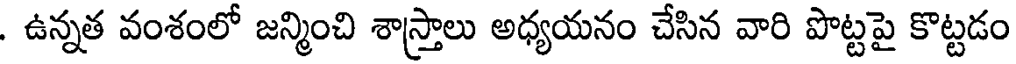
. ఉన్నత వంశంలో జన్మించి శాస్త్రాలు అధ్యయనం చేసిన వారి పొట్టపై కొట్టడం